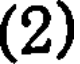
(2)